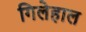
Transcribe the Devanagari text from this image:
गिलेहाल